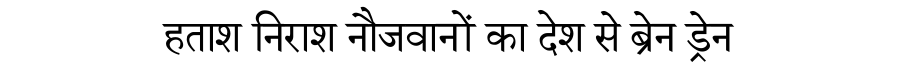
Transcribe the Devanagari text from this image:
हताश निराश नौजवानों का देश से ब्रेन ड्रेन